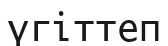
үгіттеп